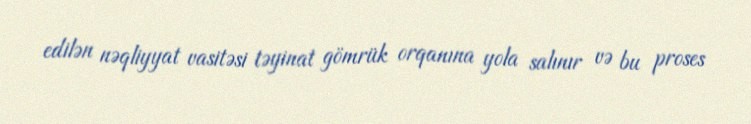
edilən nəqliyyat vasitəsi təyinat gömrük orqanına yola salınır və bu proses